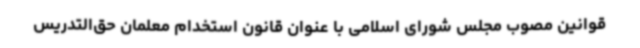
قوانین مصوب مجلس شورای اسلامی با عنوان قانون استخدام معلمان حق‌التدریس